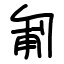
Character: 匍